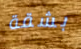
بشقة